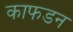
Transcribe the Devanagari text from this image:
काफडन